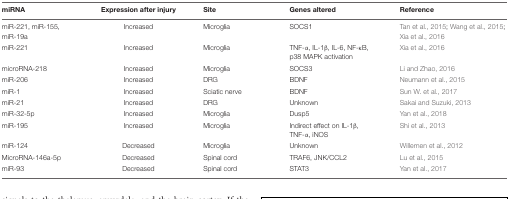
<table><thead><tr><td><b>miRNA</b></td><td><b>Expression after injury</b></td><td><b>Site</b></td><td><b>Genes altered</b></td><td><b>Reference</b></td></tr></thead><tbody><tr><td>miR-221, miR-155, miR-19a</td><td>Increased</td><td>Microglia</td><td>SOCS1</td><td>Tan et al., 2015; Wang et al., 2015; Xia et al., 2016</td></tr><tr><td>miR-221</td><td>Increased</td><td>Microglia</td><td>TNF-α, IL-1β, IL-6, NF-κB, p38 MAPK activation</td><td>Xia et al., 2016</td></tr><tr><td>microRNA-218</td><td>Increased</td><td>Microglia</td><td>SOCS3</td><td>Li and Zhao, 2016</td></tr><tr><td>miR-206</td><td>Increased</td><td>DRG</td><td>BDNF</td><td>Neumann et al., 2015</td></tr><tr><td>miR-1</td><td>Increased</td><td>Sciatic nerve</td><td>BDNF</td><td>Sun W. et al., 2017</td></tr><tr><td>miR-21</td><td>Increased</td><td>DRG</td><td>Unknown</td><td>Sakai and Suzuki, 2013</td></tr><tr><td>miR-32-5p</td><td>Increased</td><td>Microglia</td><td>Dusp5</td><td>Yan et al., 2018</td></tr><tr><td>miR-195</td><td>Increased</td><td>Microglia</td><td>Indirect effect on IL-1β, TNF-α, iNOS</td><td>Shi et al., 2013</td></tr><tr><td>miR-124</td><td>Decreased</td><td>Microglia</td><td>Unknown</td><td>Willemen et al., 2012</td></tr><tr><td>MicroRNA-146a-5p</td><td>Decreased</td><td>Spinal cord</td><td>TRAF6, JNK/CCL2</td><td>Lu et al., 2015</td></tr><tr><td>miR-93</td><td>Decreased</td><td>Spinal cord</td><td>STAT3</td><td>Yan et al., 2017</td></tr></tbody></table>